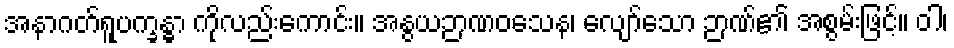
အနာဂတ်ရူပက္ခန္ဓာ ကိုလည်းကောင်း။ အနွယဉာဏဝသေန၊ လျော်သော ဉာဏ်၏ အစွမ်းဖြင့်။ ဝါ၊